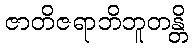
ဇာတိဇရာဘိဘူတန္တိ